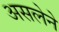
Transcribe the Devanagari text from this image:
असलेने